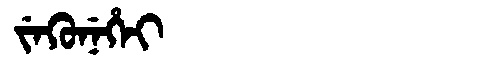
Manchu: ᠵᡝᡴᡠᠨᡝᡥᡝᡳ
Romanization: JEKUNEHEI